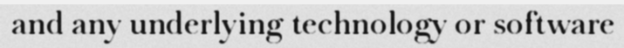
and any underlying technology or software